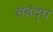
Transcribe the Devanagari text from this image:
संबंद्‌ध